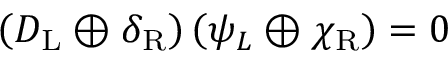
\left( D _ { \mathrm { { L } } } \oplus \delta _ { \mathrm { { R } } } \right) \left( \psi _ { L } \oplus \chi _ { \mathrm { { R } } } \right) = 0